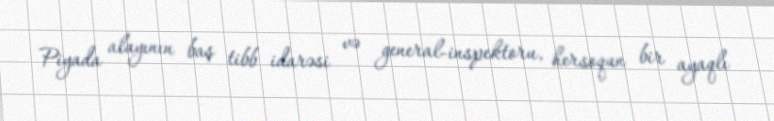
Piyada alayının baş tibb idarəsi və general-inspektoru, hersoqun bir ayaqlı